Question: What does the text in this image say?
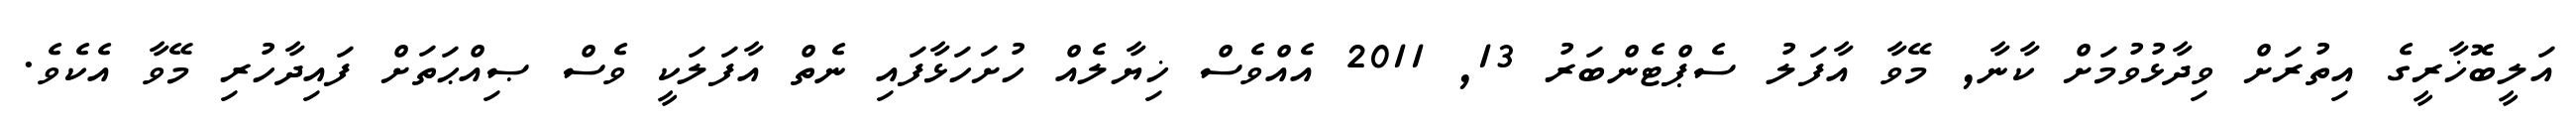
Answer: އަލީބޮޚާރީގެ އިތުރަށް ވިދާޅުވުމަށް ކާނާ, މޭވާ އާފަލު ސެޕްޓެންބަރު 13, 2011 އެއްވެސް ޚިޔާލެއް ހުށަހަޅާފައި ނެތް އާފަލަކީ ވެސް ޞިއްޙަތަށް ފައިދާހުރި މޭވާ އެކެވެ.